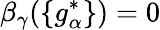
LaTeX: \beta_{\gamma}(\{ g_{\alpha}^{*}\} )=0